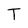
Character: T